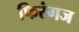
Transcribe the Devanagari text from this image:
फिरंगज